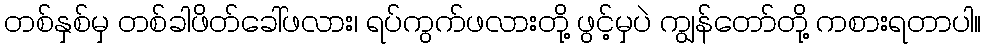
တစ်နှစ်မှ တစ်ခါဖိတ်ခေါ်ဖလား၊ ရပ်ကွက်ဖလားတို့ ဖွင့်မှပဲ ကျွန်တော်တို့ ကစားရတာပါ။